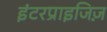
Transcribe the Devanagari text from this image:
इंटरप्राइजिज़